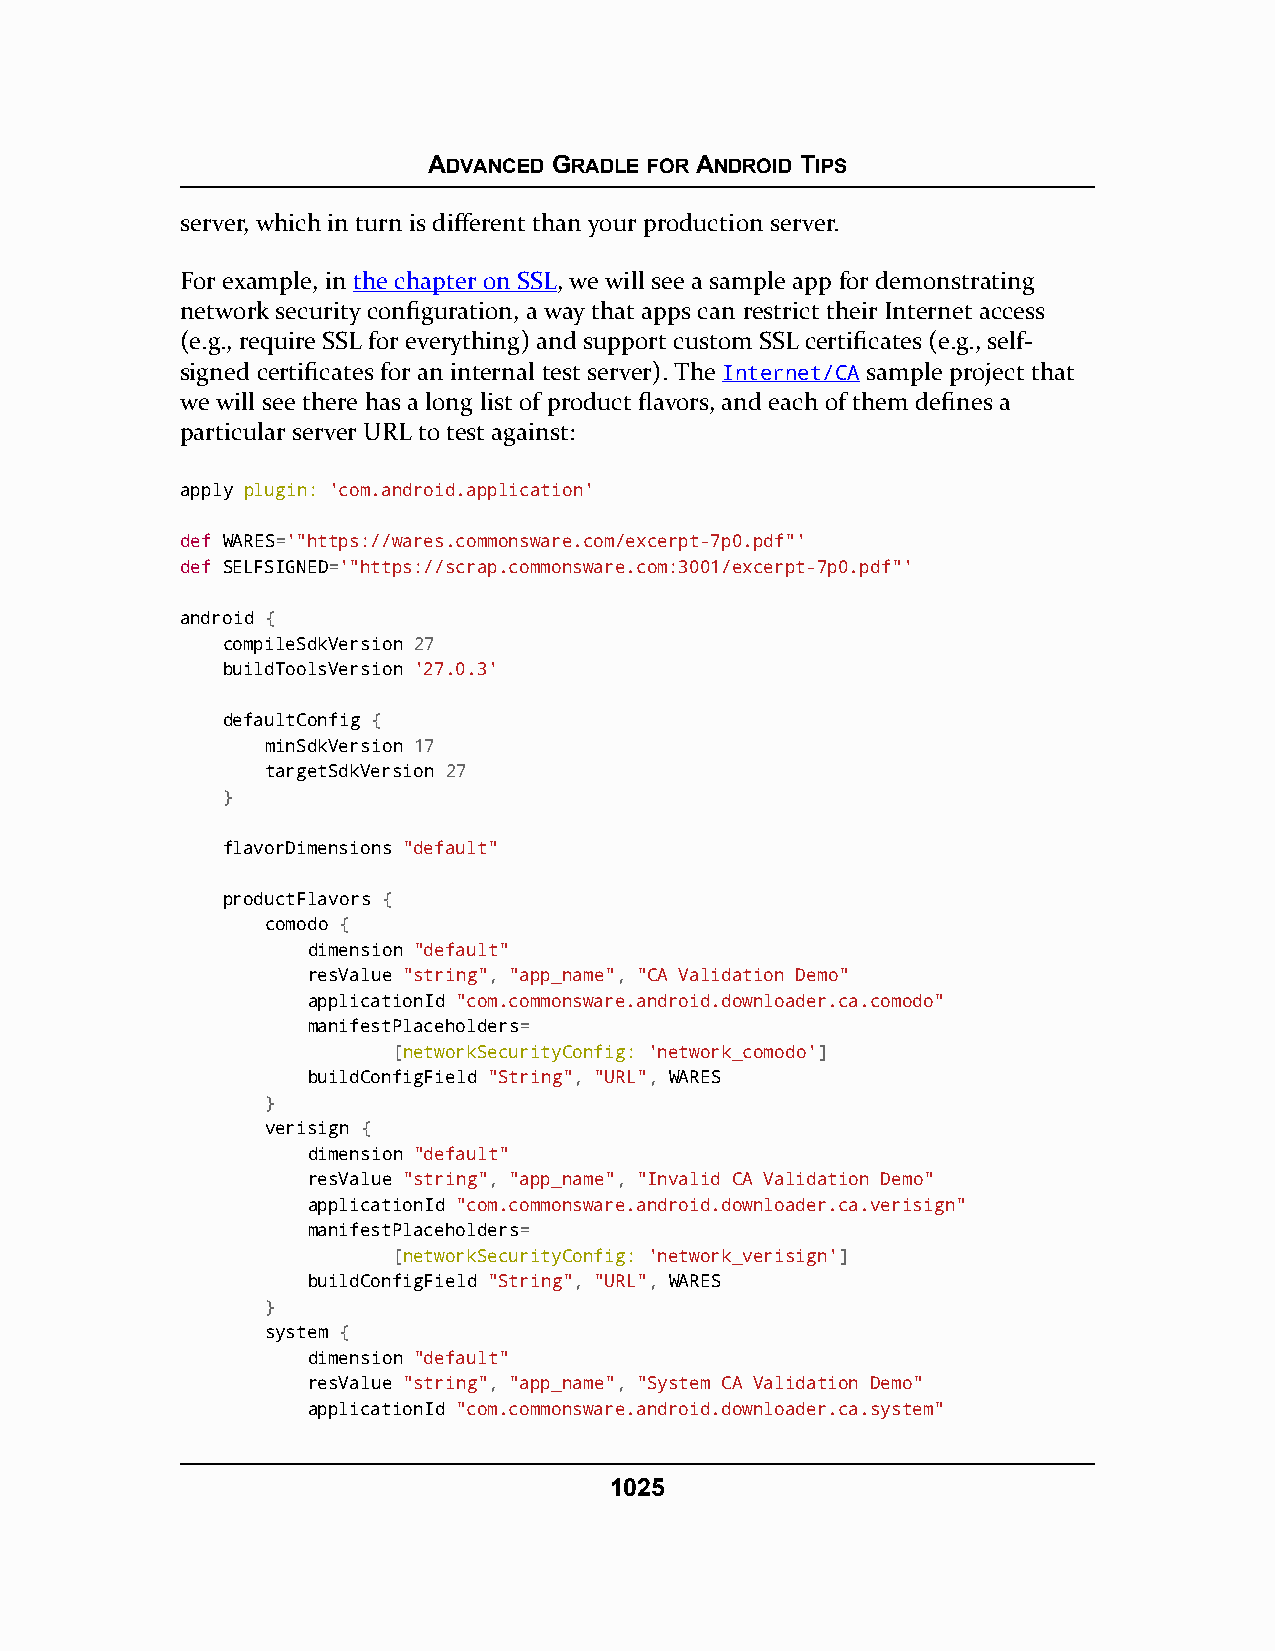
ADVANCED GRADLE FOR ANDROID TIPS
 server, which in turn is different than your production server.
 For example, in the chapter on SSL, we will see a sample app for demonstrating
 network security configuration, a way that apps can restrict their Internet access
 (e.g., require SSL for everything) and support custom SSL certificates (e.g., self-
 signed certificates for an internal test server). The Internet/CA sample project that
 we will see there has a long list of product flavors, and each of them defines a
 particular server URL to test against:
 apply plugin: 'com.android.application'
 def WARES='"https://wares.commonsware.com/excerpt-7p0.pdf"'
 def SELFSIGNED='"https://scrap.commonsware.com:3001/excerpt-7p0.pdf"'
 android {
 compileSdkVersion 27
 buildToolsVersion '27.0.3'
 defaultConfig {
 minSdkVersion 17
 targetSdkVersion 27
 }
 flavorDimensions "default"
 productFlavors {
 comodo {
 dimension "default"
 resValue "string", "app_name", "CA Validation Demo"
 applicationId "com.commonsware.android.downloader.ca.comodo"
 manifestPlaceholders=
 [networkSecurityConfig: 'network_comodo']
 buildConfigField "String", "URL", WARES
 }
 verisign {
 dimension "default"
 resValue "string", "app_name", "Invalid CA Validation Demo"
 applicationId "com.commonsware.android.downloader.ca.verisign"
 manifestPlaceholders=
 [networkSecurityConfig: 'network_verisign']
 buildConfigField "String", "URL", WARES
 }
 system {
 dimension "default"
 resValue "string", "app_name", "System CA Validation Demo"
 applicationId "com.commonsware.android.downloader.ca.system"
 1025